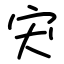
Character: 宊